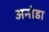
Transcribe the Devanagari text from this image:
अनोडा